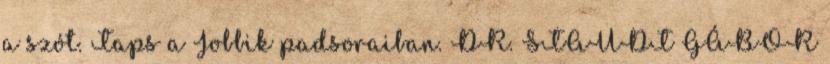
a szót. Taps a Jobbik padsoraiban. DR. STAUDT GÁBOR